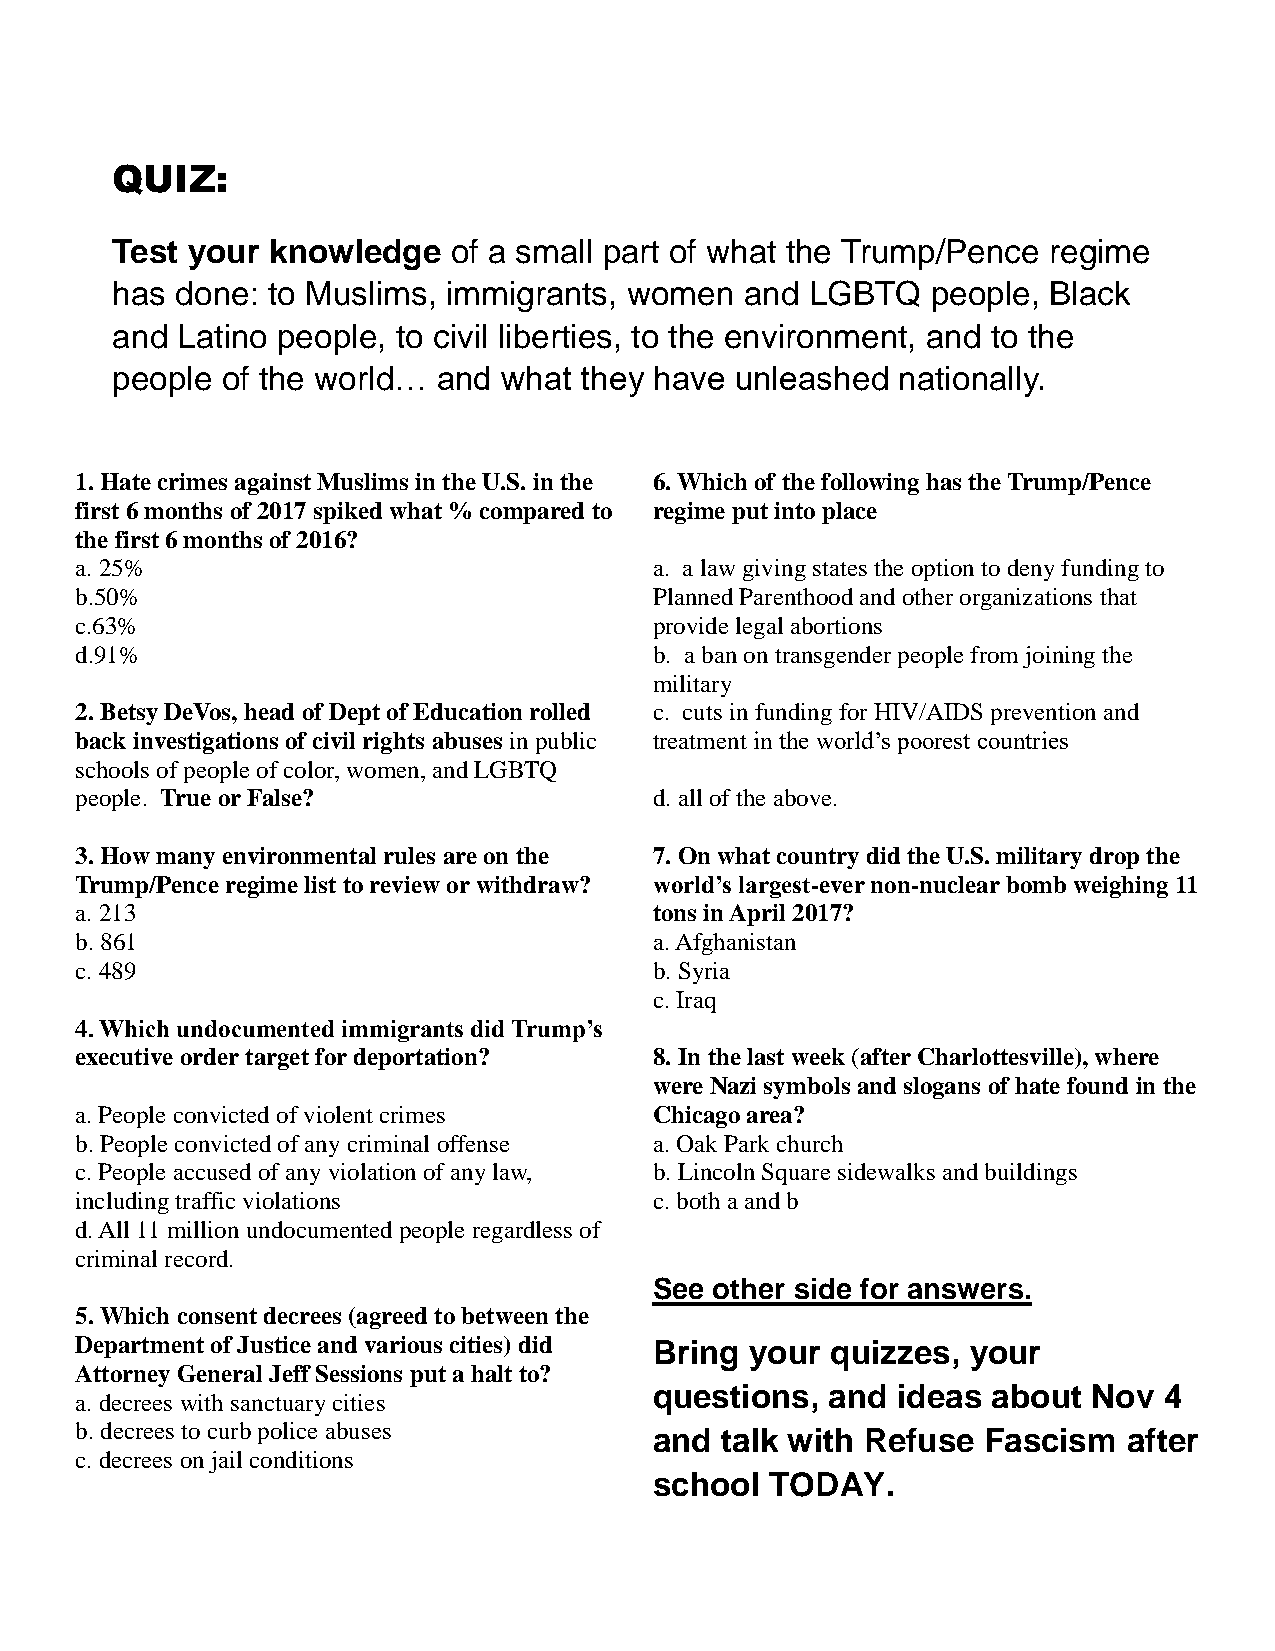
QUIZ:
 Test your  knowledge   of a small part of what the Trump/Pence regime
 has  done: to Muslims, immigrants, women  and  LGBTQ   people, Black
 and  Latino people, to civil liberties, to the environment, and to the
 people  of the world… and what they have  unleashed nationally.
 1. Hate crimes against Muslims in the U.S. in the 6. Which of the following has the Trump/Pence
 first 6 months of 2017 spiked what % compared to regime put into place
 the first 6 months of 2016?
 a. 25%                                a. a law giving states the option to deny funding to
 b.50%                                 Planned Parenthood and other organizations that
 c.63%                                 provide legal abortions
 d.91%                                 b. a ban on transgender people from joining the
 military
 2. Betsy DeVos, head of Dept of Education rolled c. cuts in funding for HIV/AIDS prevention and
 back investigations of civil rights abuses in public treatment in the world’s poorest countries
 schools of people of color, women, and LGBTQ
 people. True or False?                d. all of the above.
 3. How many environmental rules are on the 7. On what country did the U.S. military drop the
 Trump/Pence regime list to review or withdraw? world’s largest-ever non-nuclear bomb weighing 11
 a. 213                                tons in April 2017?
 b. 861                                a. Afghanistan
 c. 489                                b. Syria
 c. Iraq
 4. Which undocumented immigrants did Trump’s
 executive order target for deportation? 8. In the last week (after Charlottesville), where
 were Nazi symbols and slogans of hate found in the
 a. People convicted of violent crimes Chicago area?
 b. People convicted of any criminal offense a. Oak Park church
 c. People accused of any violation of any law, b. Lincoln Square sidewalks and buildings
 including traffic violations          c. both a and b
 d. All 11 million undocumented people regardless of
 criminal record.
 See other side for answers.
 5. Which consent decrees (agreed to between the
 Department of Justice and various cities) did Bring your quizzes, your
 Attorney General Jeff Sessions put a halt to?
 questions,  and ideas  about Nov  4
 a. decrees with sanctuary cities
 b. decrees to curb police abuses      and  talk with Refuse Fascism   after
 c. decrees on jail conditions
 school  TODAY.